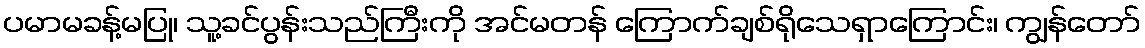
ပမာမခန့်မပြု၊ သူ့ခင်ပွန်းသည်ကြီးကို အင်မတန် ကြောက်ချစ်ရိုသေရှာကြောင်း၊ ကျွန်တော်